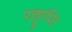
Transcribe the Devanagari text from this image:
राष्ट्राप्ति